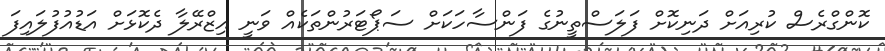
ކޮންގްރެސް ކުރިއަށް ދަނިކޮށް ފަލަސްތީނުގެ ފަންސާހަކަށް ސަޕޯޓަރުންތަކެއް ވަނީ އިޒްރޭލާ ދެކޮޅަށް އަޑުއުފުލައިފަ